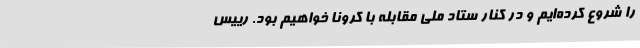
را شروع کرده‌ایم و در کنار ستاد ملی مقابله با کرونا خواهیم بود. رییس